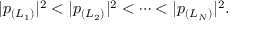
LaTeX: | p _ { ( L _ { 1 } ) } | ^ { 2 } < | p _ { ( L _ { 2 } ) } | ^ { 2 } < \cdots < | p _ { ( L _ { N } ) } | ^ { 2 } .